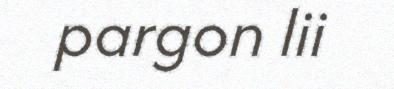
pargon lii